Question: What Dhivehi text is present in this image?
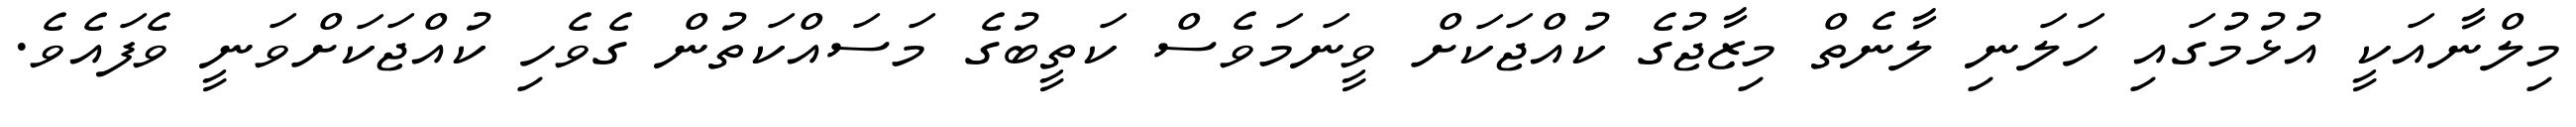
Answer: މިލްނާއަކީ އުޅުމުގައި ހަލަނި ލާނެތް މިޒާޖުގެ ކުއްޖަކަށް ވީނަމަވެސް ކަތީބުގެ މަސައްކަތުން ގެވެހި ކުއްޖަކަށްވަނީ ވެފައެވެ.